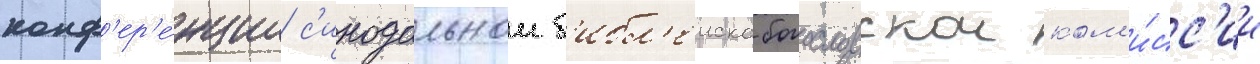
конф'ер'е́нции с'инодальнои б'ибл'еиско-богословскои ком'и́сс'ии